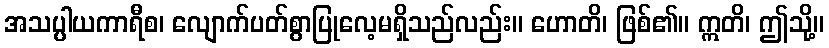
အသပ္ပါယကာရီစ၊ လျောက်ပတ်စွာပြုလေ့မရှိသည်လည်း။ ဟောတိ၊ ဖြစ်၏။ ဣတိ၊ ဤသို့။